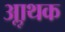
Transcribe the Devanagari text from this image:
आॢथक